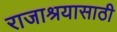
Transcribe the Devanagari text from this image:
राजाश्रयासाठी